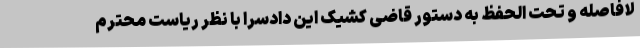
لافاصله و تحت الحفظ به دستور قاضی کشیک این دادسرا با نظر ریاست محترم